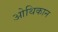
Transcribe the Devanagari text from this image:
ओथिकान